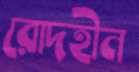
রোদহীন